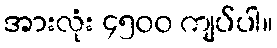
အားလုံး ၄၅၀၀ ကျပ်ပါ။